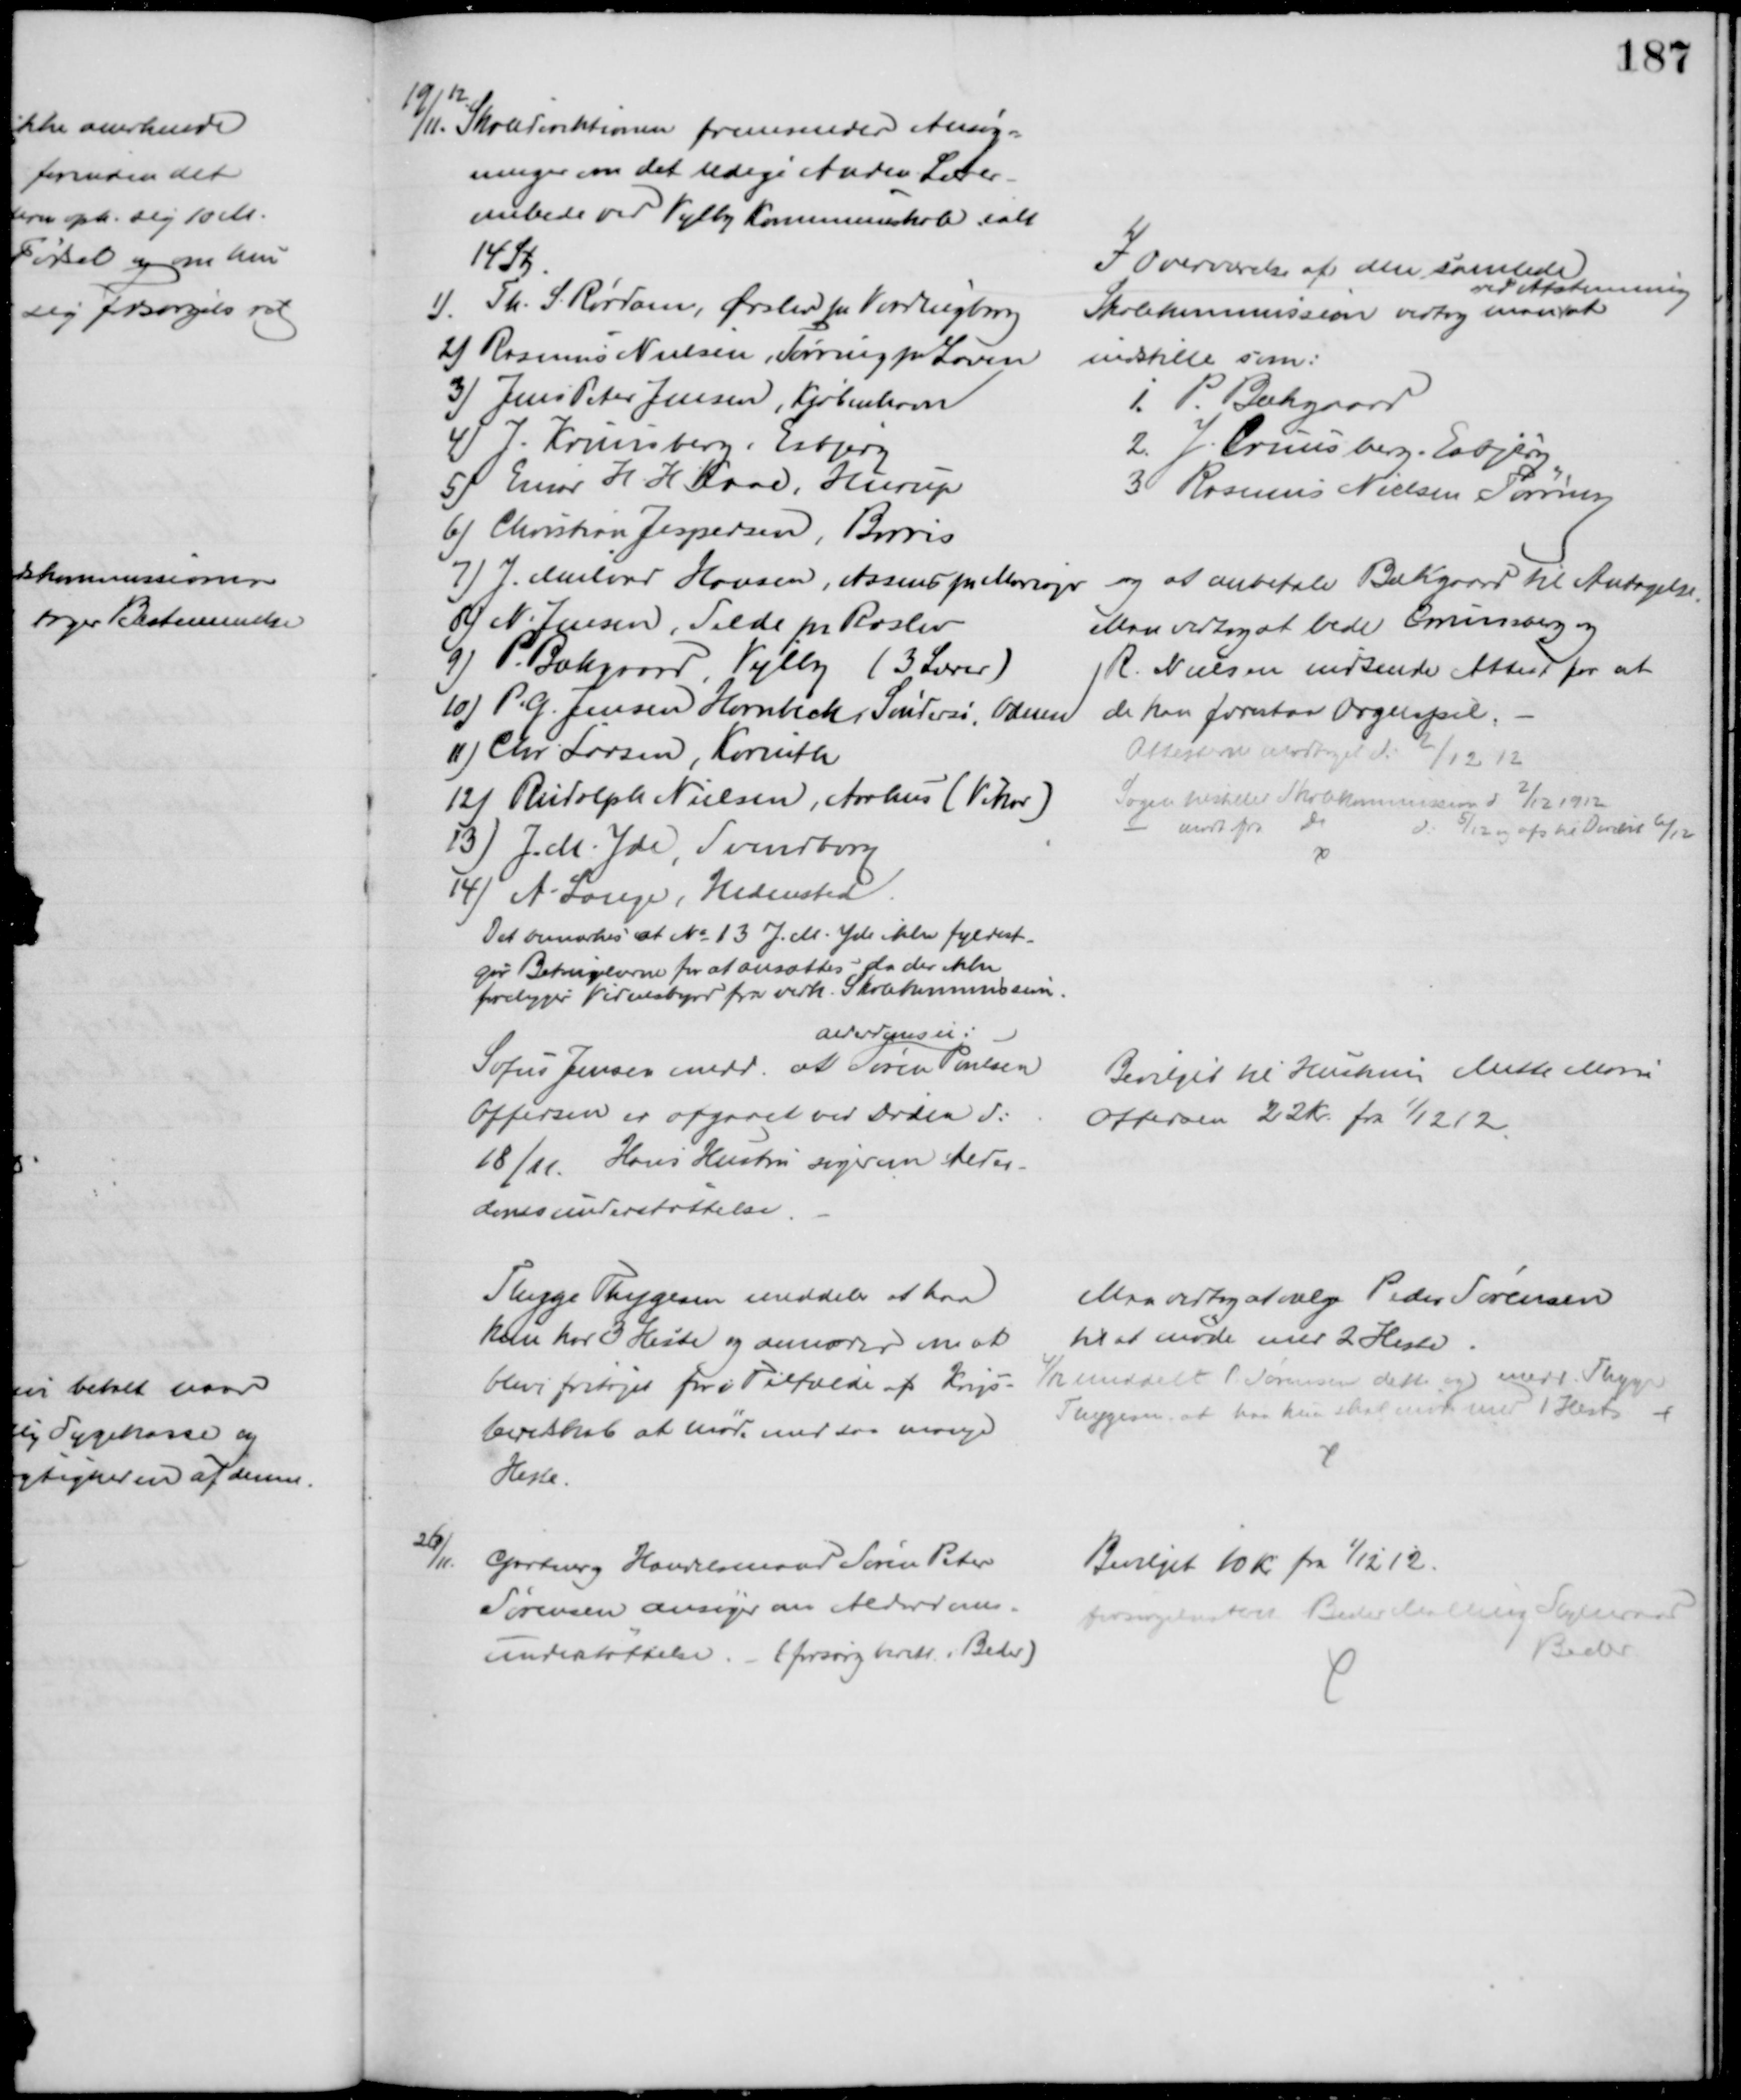
Transskription:
19/11. 
12
Skoledirektionen fremsender Ansøg=
ninger om det ledige Anden Lærer-
embede ved Vejlby Kommuneskole ialt
14 St.
1) Th. S. Rørdam, Ørslev pr Vordingborg
2) Rasmus Nielsen, Tørring pr Laven
3) Jens Peter Jensen, Kjøbenhavn
4) J. Kruusberg, Esbjerg
5) Einar H. H. Kaae, Hurup
6) Christian Jespersen, Borris
7) J. Melius Hansen, Assens pr Mariager
8) N. Jensen, Selde pr Roslev
9) P. Bækgaard, Vejlby (3 Lærer)
10) P. G. Jensen Hornbeck, Søndersø, Odense
11) Chr. Larsen, Korinth
12) Rudolph Nielsen, Aarhus (Vikar)
13) J. M. Yde Svendborg
14) A. Lauge, Hedensted
Det bemærkes at № 13 J. M. Yde ikke fyldest-
gør Betingelserne for at ansættes, da der ikke 
foreligger Viednesbyrd fra vedk. Skolekommission.
I Overværelse af den samlede
Skolekommission vedtog man 
ved Afstemning
at
indstille som.
1. P. Bækgaard
2. J. Cruusberg, Esbjerg.
3. Rasmus Nielsen Tørring
og at anbefale Bækgaard til Antagelse.
Man vedtog at bede Cruusberg og 
R. Nielsen indsende Attest for at
de kan forestaa Orgelspil.
Attesterne modtaget d: 2/12 12
Sagen tilstilles Skolekommissionen d 2/12 1912
modt fra Do
d. 5/12 og afs til Direkt 6/12
Sofus Jensen medd. at 
alderdomsu:
Søren Poulsen
Offersen er afgaaet ved Døden d:
18/11. Hans Hustru søger om Alder-
domsunderstøttelse
Bevilget til Hustruen Mette Marie
Offersen 22 Kr. fra 1/12 12
Thyge Thygesen meddeler at han
kun har 3 Heste og anmoder om at 
blieve fritaget for i Tilfælde af Krigs-
beredskab at møde med saa mange
Heste.
Man vedtog at vælge Peder Sørensen
til at møde med 2 Heste.
4/12 meddelt P. Sørensen dette og medd. Thyge
Thygesen, at hanr kun skal møde med 1 Hest
26/11.
Gartner Handelsmand Søren Peter
Sørensen ansøger om Alderdoms-
understøttelse. - (forsørg berett. i Beder)
Bevilget 10 kr. fra 1/12 12.
forsørgelsesberet Beder Malling Sogneraad
Beder